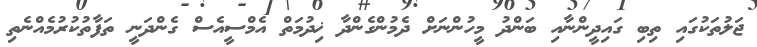
ޖަލުތަކުގައި ތިބި ގައިދީންނާއި ބަންދު މީހުންނަށް ދެމުންގެންދާ ޚިދުމަތް އެމްސީއެސް ގެންދަނީ ތަފާތުކުރުމެއްނެތި